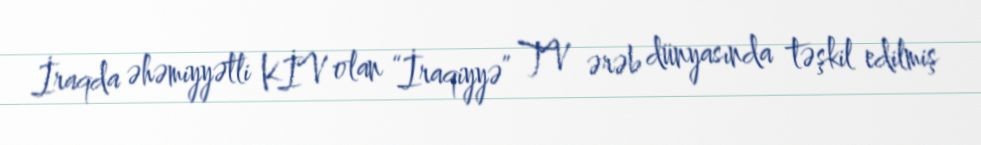
İraqda əhəmiyyətli KİV olan “İraqiyyə” TV ərəb dünyasında təşkil edilmiş